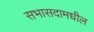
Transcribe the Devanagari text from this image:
सभासदामधील